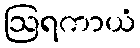
ဩရကာယံ